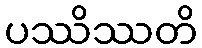
ပဿိဿတိ